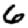
Digit: 6